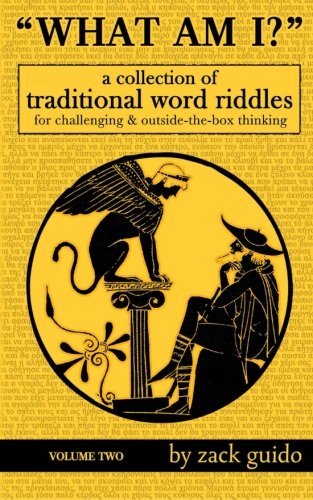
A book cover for What Am I?: A Collection Of Traditional Word Riddles - Volume Two (Volume 2); Zack Guido; Humor & Entertainment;